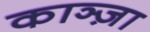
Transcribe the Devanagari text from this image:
काञ्ज़ा